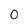
Character: 0